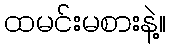
ထမင်းမစားနဲ့။